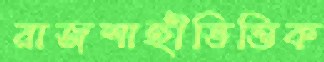
রাজশাহীভিত্তিক